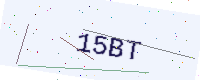
Text: 15BT